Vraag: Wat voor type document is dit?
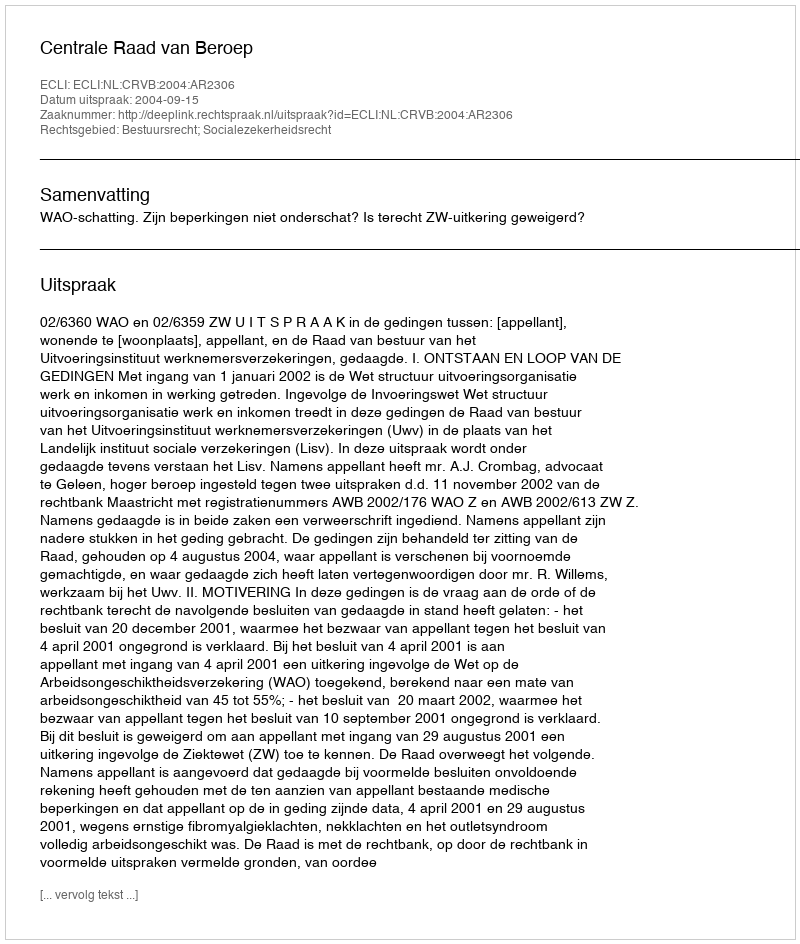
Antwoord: Uitspraak